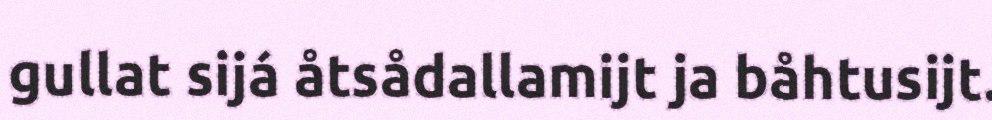
gullat sijá åtsådallamijt ja båhtusijt.